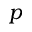
p